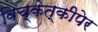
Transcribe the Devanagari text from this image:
विच्केत्कीपेर